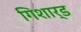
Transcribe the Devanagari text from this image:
गिशार्ड